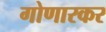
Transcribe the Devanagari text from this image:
गोणारकर